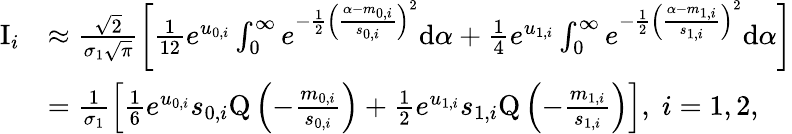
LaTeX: \begin{array}{rl}{\mathrm{I}_{i}}&{\approx\frac{\sqrt{2}}{\sigma_{1}\sqrt{\pi}}\left[\frac{1}{12}e^{u_{0,i}}\int_{0}^{\infty}e^{-\frac{1}{2}\left(\frac{\alpha-m_{0,i}}{s_{0,i}}\right)^{2}}\mathrm{d}\alpha+\frac{1}{4}e^{u_{1,i}}\int_{0}^{\infty}e^{-\frac{1}{2}\left(\frac{\alpha-m_{1,i}}{s_{1,i}}\right)^{2}}\mathrm{d}\alpha\right]}\\ &{=\frac{1}{\sigma_{1}}\left[\frac{1}{6}e^{u_{0,i}}s_{0,i}\mathrm{Q}\left(-\frac{m_{0,i}}{s_{0,i}}\right)+\frac{1}{2}e^{u_{1,i}}s_{1,i}\mathrm{Q}\left(-\frac{m_{1,i}}{s_{1,i}}\right)\right],\; i=1,2,}\end{array}